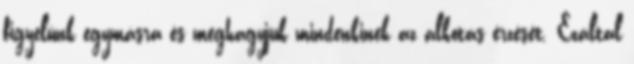
figyelünk egymásra és meghagyjuk mindenkinek az alkotás érzését. Ezáltal